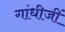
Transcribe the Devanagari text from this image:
गांधीजीं